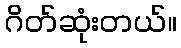
ဂိတ်ဆုံးတယ်။